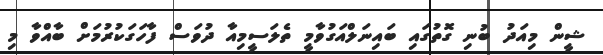
ޝީން މިއަދު ބުނި ގޮތުގައި ބައިނަލްއަގުވާމީ ތެލަސީމިއާ ދުވަސް ފާހަގަކުރުމަށް ބާއްވާ މި